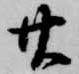
廿